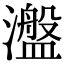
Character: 瀊